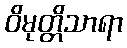
ဝိမုတ္တိသာရာ